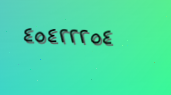
٤٥٤٢٢٢٥٤